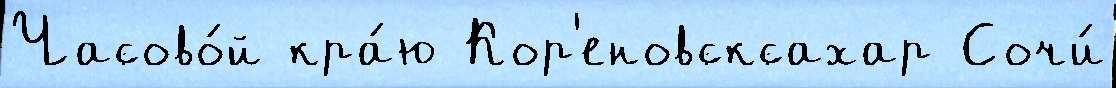
Часово́й кра́ю Кор'еновсксахар Сочи́